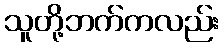
သူတို့ဘက်ကလည်း